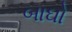
બાઘો